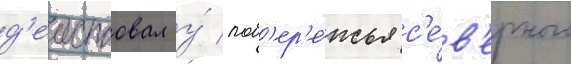
д'еиствовал у́ поб'ер'е́жья с'е́в'ерного